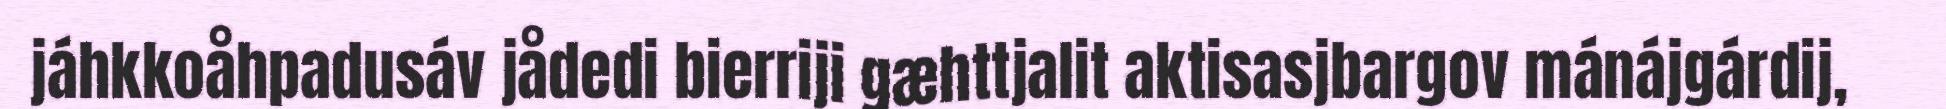
jáhkkoåhpadusáv jådedi bierriji gæhttjalit aktisasjbargov mánájgárdij,